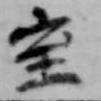
室